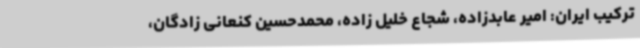
ترکیب ایران: امیر عابدزاده، شجاع خلیل زاده، محمدحسین کنعانی زادگان،